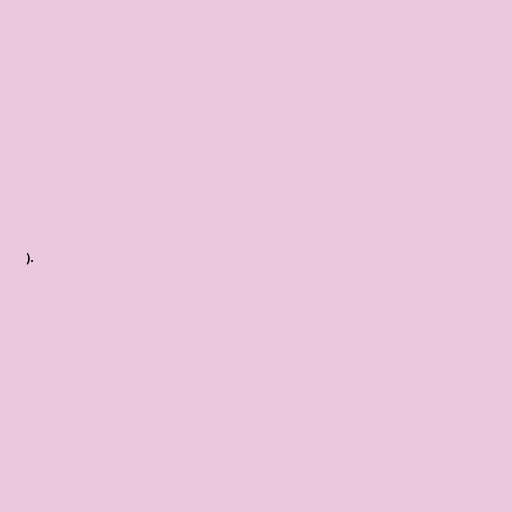
).